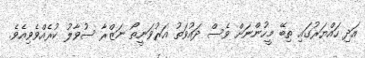
އަދި ހައްޔަރުގައި ތިބޭ މީހުންނަށް ވެސް ދައުވަތު އަރުވަނީތޯ ނަޒްރާ ސުވާލު ކުރެއްވެވިއެވެ.